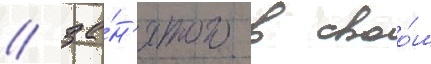
/ за́н'ятого в своо́м